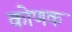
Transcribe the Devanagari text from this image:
कोणक